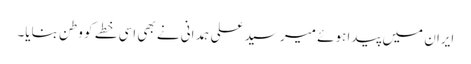
ایران میں پیدا ہوئے میر سید علی ہمدانی نے بھی اسی خطے کو وطن بنایا۔